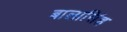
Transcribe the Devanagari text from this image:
बालासिंह